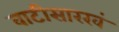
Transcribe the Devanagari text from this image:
वाटीसारखं